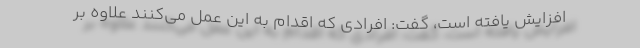
افزایش یافته است، گفت: افرادی که اقدام به این عمل می‌کنند علاوه بر